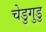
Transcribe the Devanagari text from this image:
चेडुगुडु